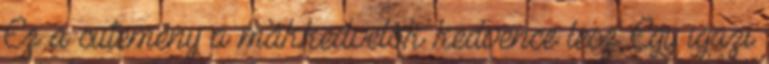
Ez a sütemény a mákkedvelők kedvence lesz Egy igazi